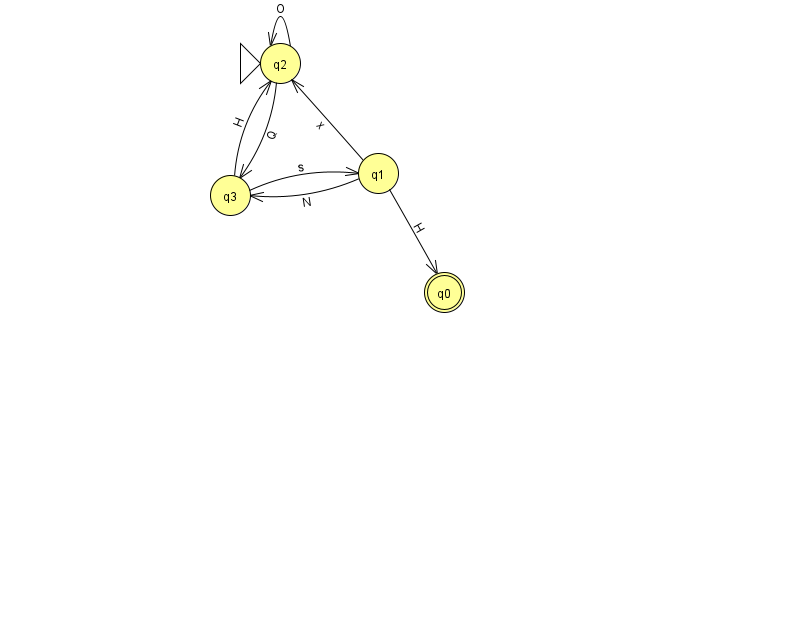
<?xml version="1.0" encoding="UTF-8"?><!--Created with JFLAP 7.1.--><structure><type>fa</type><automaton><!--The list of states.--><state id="0" name="q0"><x>444.0</x><y>279.0</y><final/></state><state id="1" name="q1"><x>378.0</x><y>160.0</y></state><state id="2" name="q2"><x>280.0</x><y>50.0</y><initial/></state><state id="3" name="q3"><x>230.0</x><y>182.0</y></state><!--The list of transitions.--><transition><from>3</from><to>2</to><read>H</read></transition><transition><from>1</from><to>0</to><read>H</read></transition><transition><from>1</from><to>3</to><read>N</read></transition><transition><from>2</from><to>3</to><read>Q</read></transition><transition><from>3</from><to>1</to><read>s</read></transition><transition><from>1</from><to>2</to><read>x</read></transition><transition><from>2</from><to>2</to><read>O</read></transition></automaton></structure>